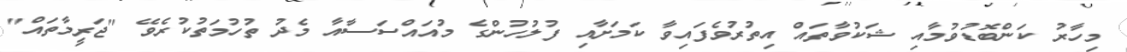
މިހާރު ކަންބޮޑުވުމާއި ޝަކުވާތައް އިތުރުވެފައިވާ ކަމަށާއި ފުލުހުންގެ މުއައްސަސާއާ މެދު ތުހުމަތުކުރެވޭ "ޖަރީމާތައް"